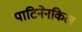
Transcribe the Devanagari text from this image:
पाटिनेनकिल